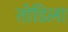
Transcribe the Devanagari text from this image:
तोडिला